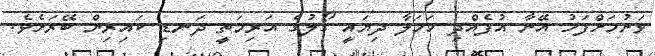
ވަނުމަށްފަހު އޭނާ އުފެއްދި ހަމަލާ ދިޔައީ ގޯލުގެ އަރިމަތީ ދަނޑި ކައިރިން ބޭރަށެވެ.